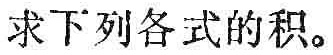
求下列各式的积。